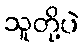
သူတို့ပဲ